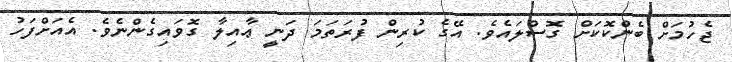
ޖެހުމަށް ބެންކޮކަށް ގޮސްލައެވެ. އޭގެ ކުރިން ފުރަތަމަ ދަނީ ޢާއިލާ ގޮވައިގެންނެވެ. އެއަށްފަހު